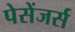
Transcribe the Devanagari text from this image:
पेसेंजर्स